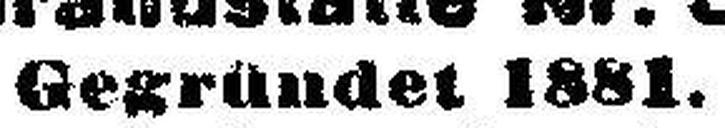
Gegründet 1881.